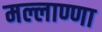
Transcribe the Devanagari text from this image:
मल्लाण्णा